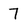
Character: 7